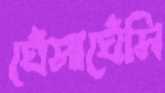
ঘেঁসাঘেঁসি